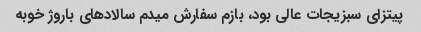
پیتزای سبزیجات عالی بود، بازم سفارش میدم سالادهای باروژ خوبه